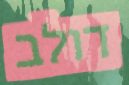
דולב